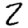
Digit: 2